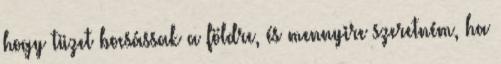
hogy tüzet bocsássak a földre, és mennyire szeretném, ha